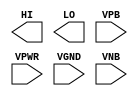
module sky130_fd_sc_ls__conb (
    //# {{data|Data Signals}}
    output HI  ,
    output LO  ,

    //# {{power|Power}}
    input  VPB ,
    input  VPWR,
    input  VGND,
    input  VNB
);
endmodule